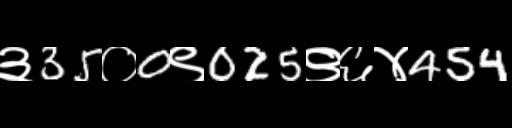
Text: ३35०0९025९६४454